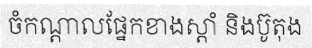
ចំកណ្តាលផ្នែកខាងស្តាំ និងប៊ូតុង